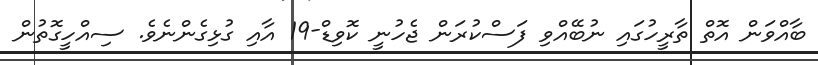
ބާއްވަން އޮތް ތާރީހުގައި ނުބޭއްވި ފަސްކުރަން ޖެހުނީ ކޮވިޑް-19 އާއި ގުޅިގެންނެވެ. ސިއްހީގޮތުން